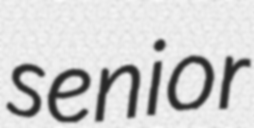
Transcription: senior